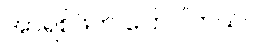
အာရစ်ဖ်က ပြောပါတယ်။